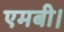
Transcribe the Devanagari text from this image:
एमबी।